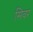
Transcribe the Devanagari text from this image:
सिवर